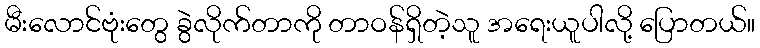
မီးလောင်ဗုံးတွေ ခွဲလိုက်တာကို တာဝန်ရှိတဲ့သူ အရေးယူပါလို့ ပြောတယ်။